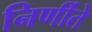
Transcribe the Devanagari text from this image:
निर्णीते